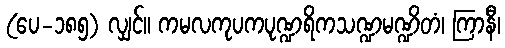
(ပေ-၁၈၅) လျှင်။ ကမလကုပကပုဏ္ဍရိကသဏ္ဍမဏ္ဍိတံ၊ ကြာနီ၊